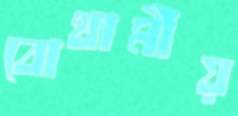
বোথামীয়